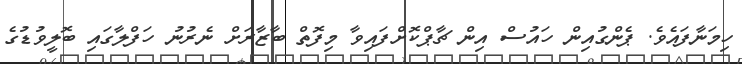
ހިމަނާފައެވެ. ޕެންގުއިން ހައުސް އިން ޗާޕްކޮށްފައިވާ މިފޮތް ބާޒާރަށް ނެރުނު ހަފްލާގައި ބޮލީވުޑުގެ